Leaving Certificate, 1901
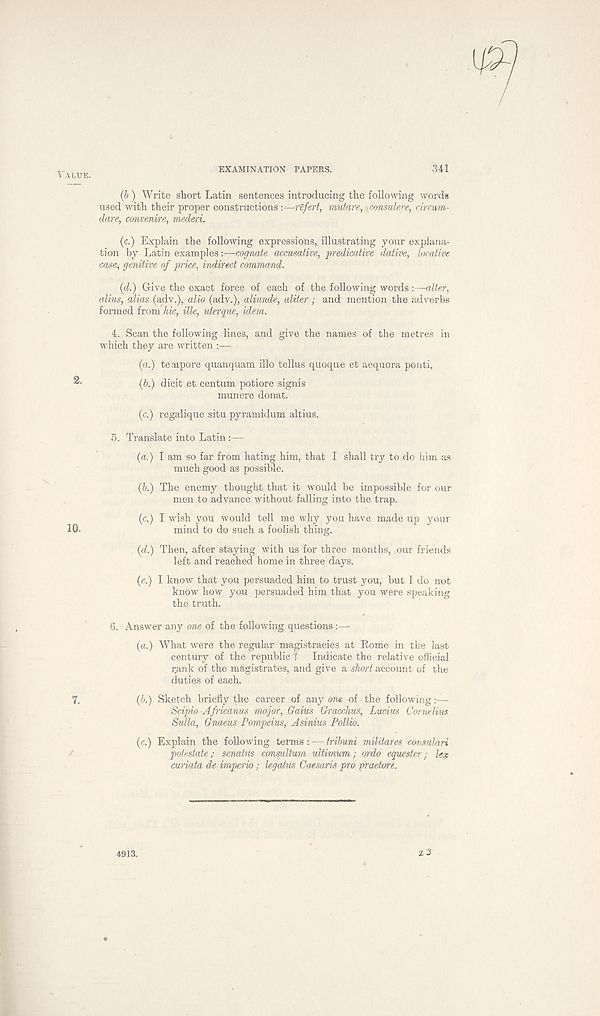
VALUE.
EXAMINATION PAPERS.
341
(6 ) Write short Latin sentences introducing the following words
used with their proper constructions :—refert, mutare, \consulere, circurn-
dnre, convenire, mederi.
(c.) Explain the following expressions, illustrating your explana-
tion by Latin examples -.—cognate accusative, predicative dative, locative,
case, genitive of price, indirect command.
(d.) Give the exact force of each of the following words:—alter,
alius, alias (adv.), alio (adv.), aliunde, aliter; and mention the adverbs
formed fromVbc, Me, uterque, idem.
4. Scan the following lines, and give the names of the metres in
which they are written ::—
(a.) tempore quanquam illo tellus quoque et aequora ponti,
2-
(b.) dicit et centum potiore signis
munere donat.
(c.) regalique situ pyramidum altius.
5. Translate into Latin:—
(a.) I am so far from hating him, that I shall try to do him as
much good as possible.
(5.) The enemy thought that it would be impossible for our
men to advance without falling into the trap.
(c.) I wish you would tell me why you have made up your
10.
mind to do such a foolish thing.
. (d.) Then, after staying with us for three months, our friends
left and reached home in three days.
{e.) I know that you persuaded him to trust you, but I do not
know how you persuaded him that you were speaking
the truth.
6. Answer any one of the following questions :—
(a.) What were the regular magistracies at Rome in the last
century of the republic 1
Indicate the relative official
rank of the magistrates, and give a short account of the
duties of each.
7.
(b.) Sketch briefly the career of any one of the following :—
Scipio Africanus major, Gains Gracchus, Lucius Cornelius
Sulla, Gnaeus Pompeius, Asinius Pollio.
(c.) Explain the following terms : — tribuni militares consulari
potestate; senatus consultum ultimum; ordo equester; lex
curiata de imperio; legatus Caesaris pro pradore.